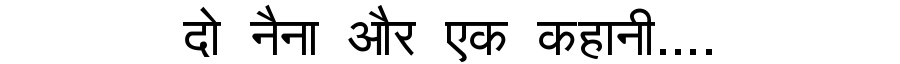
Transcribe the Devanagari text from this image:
दो नैना और एक कहानी....